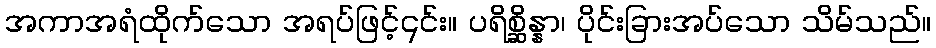
အကာအရံထိုက်သော အရပ်ဖြင့်၎င်း။ ပရိစ္ဆိန္နာ၊ ပိုင်းခြားအပ်သော သိမ်သည်။